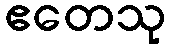
ဧတေသု